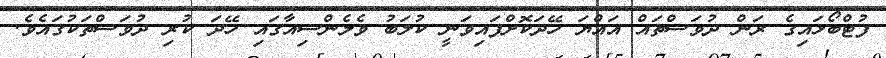
ފުޓްބޯޅައިގެ ރަން ދުވަސްތައް އައްޔަ ހޭދަކޮށްފައިވަނީ ކުލަބު ވެލެންސިއާގައި ހޭދަ ކުރި ދުވަސްތަކުގައެވެ.